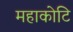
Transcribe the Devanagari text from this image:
महाकोटि